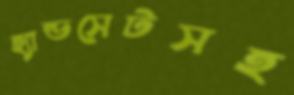
হ্যান্ডসেটসহ